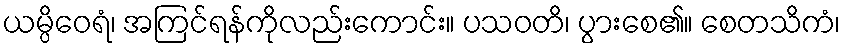
ယမ္ပိဝေရံ၊ အကြင်ရန်ကိုလည်းကောင်း။ ပသဝတိ၊ ပွားစေ၏။ စေတသိကံ၊